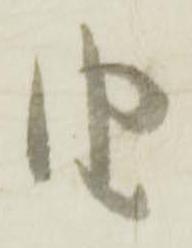
由